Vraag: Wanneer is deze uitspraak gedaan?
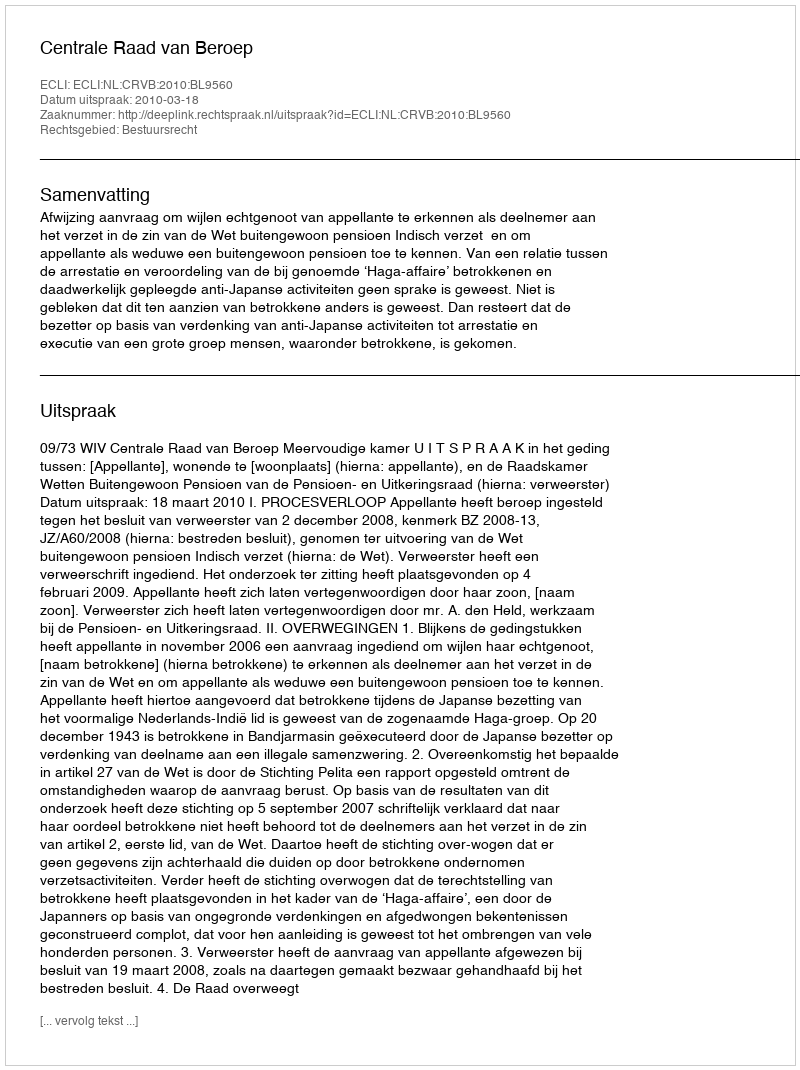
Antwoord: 2010-03-18